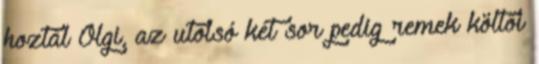
hoztál Olgi, az utolsó két sor pedig remek költői